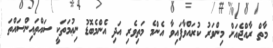
މާތް ރާއްޖެއަށް މިންވަރު ކުރައްވާފައިވާ އެންމެ މަތިވެރި އަދި އެންމެބޮޑު ނިޢުމަތަކީ ސައްތައިންސައްތަ